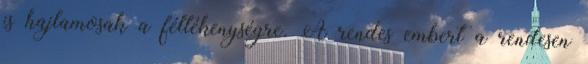
is hajlamosak a féltékenységre. A rendes embert a rendesen